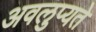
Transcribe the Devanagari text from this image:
अवलुप्यते